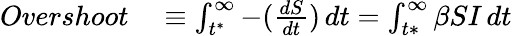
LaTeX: \begin{array}{rl}{Overshoot}&{{}\equiv\int_{t^{*}}^{\infty}-(\frac{dS}{dt})\, dt=\int_{t*}^{\infty}\beta SI\, dt}\end{array}